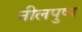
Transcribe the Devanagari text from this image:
नीलपुष्प